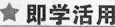
★即学活用